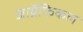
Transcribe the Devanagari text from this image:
जाॅग्रफिकल